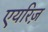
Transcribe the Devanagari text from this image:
एयरिज़